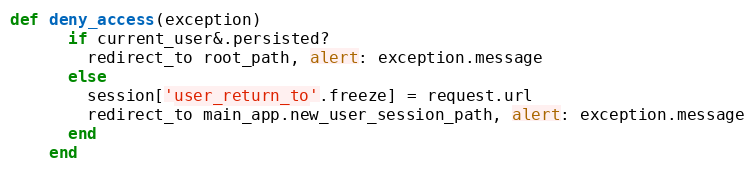
Language: Ruby
def deny_access(exception)
      if current_user&.persisted?
        redirect_to root_path, alert: exception.message
      else
        session['user_return_to'.freeze] = request.url
        redirect_to main_app.new_user_session_path, alert: exception.message
      end
    end